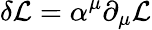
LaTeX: \delta{\mathcal{L}}=\alpha^{\mu}\partial_{\mu}{\mathcal{L}}